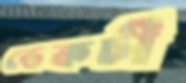
ডেকচী